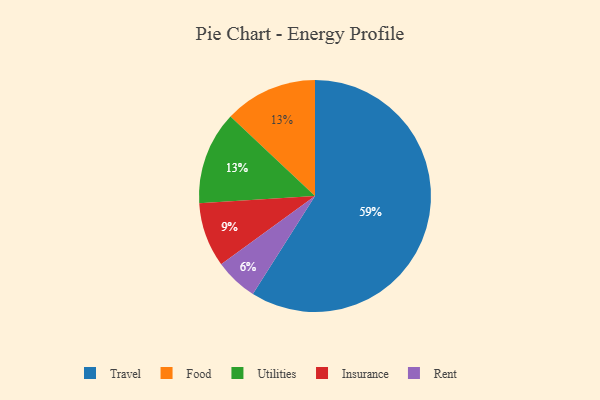
{"axis": {"x": "Category", "y": "Percentage"}, "legend": ["Food", "Insurance", "Rent", "Travel", "Utilities"], "data": [{"x": "Insurance", "y": 9, "type": "Insurance"}, {"x": "Food", "y": 13, "type": "Food"}, {"x": "Travel", "y": 59, "type": "Travel"}, {"x": "Rent", "y": 6, "type": "Rent"}, {"x": "Utilities", "y": 13, "type": "Utilities"}]}